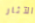
الآثار